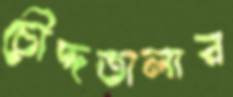
চৌদ্দতালার